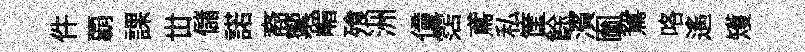
件覇課丗儲諾裔籞嵋飱洲僮霑鳶私筐餘濱圗鴛咯遙矱